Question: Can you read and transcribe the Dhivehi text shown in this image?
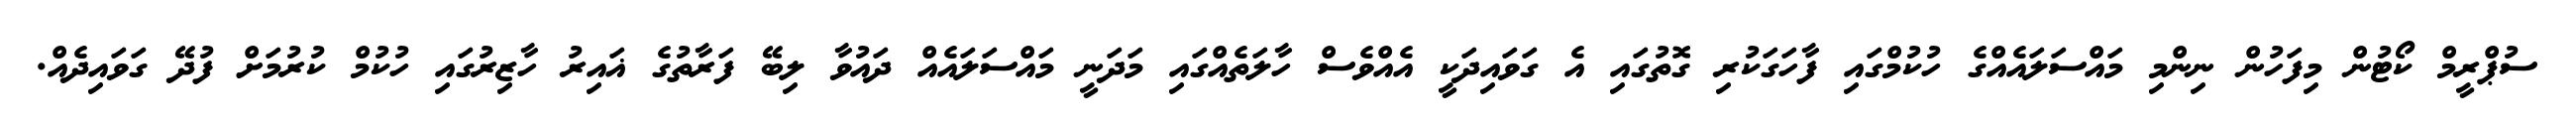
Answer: ސުޕްރީމް ކޯޓުން މިފަހުން ނިންމި މައްސަލައެއްގެ ހުކުމްގައި ފާހަގަކުރި ގޮތުގައި އެ ގަވައިދަކީ އެއްވެސް ހާލަތެއްގައި މަދަނީ މައްސަލައެއް ދައުވާ ލިބޭ ފަރާތުގެ ޣައިރު ހާޒިރުގައި ހުކުމް ކުރުމަށް ފުދޭ ގަވައިދެއް.